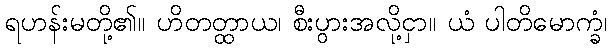
ရဟန်းမတို့၏။ ဟိတတ္ထာယ၊ စီးပွားအလို့ငှာ။ ယံ ပါတိမောက္ခံ၊